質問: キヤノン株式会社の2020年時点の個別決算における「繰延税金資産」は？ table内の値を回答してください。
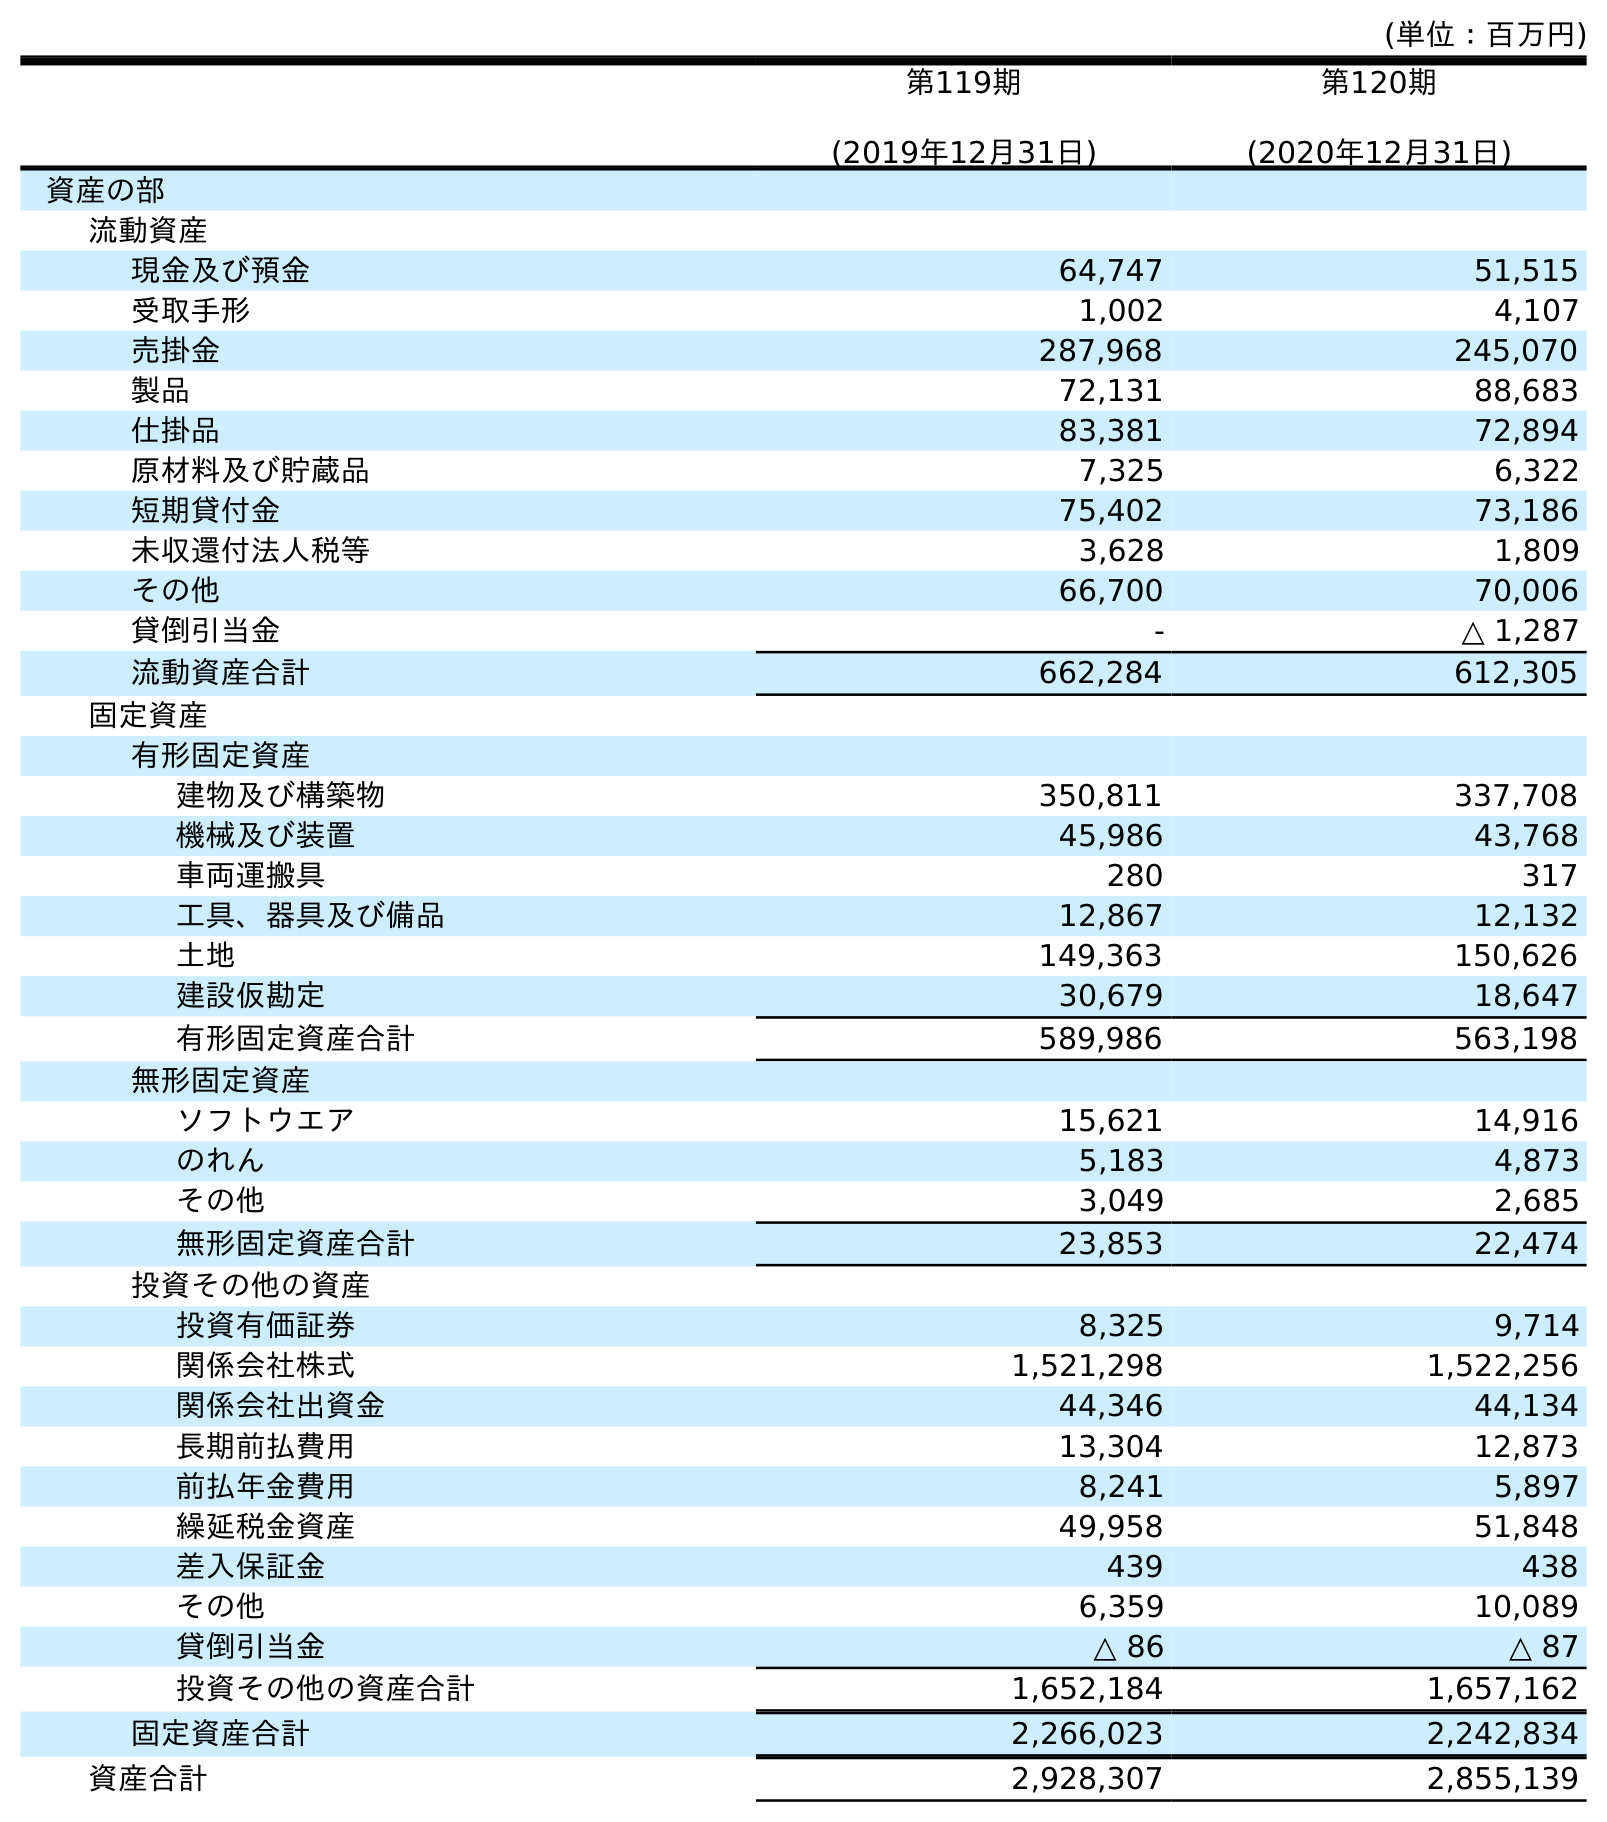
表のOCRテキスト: (単位：百万円) 第119期 (2019年12月31日) 第120期 (2020年12月31日) 資産の部 流動資産 現金及び預金 64,747 51,515 受取手形 1,002 4,107 売掛金 287,968 245,070 製品 72,131 88,683 仕掛品 83,381 72,894 原材料及び貯蔵品 7,325 6,322 短期貸付金 75,402 73,186 未収還付法人税等 3,628 1,809 その他 66,700 70,006 貸倒引当金 - △ 1,287 流動資産合計 662,284 612,305 固定資産 有形固定資産 建物及び構築物 350,811 337,708 機械及び装置 45,986 43,768 車両運搬具 280 317 工具、器具及び備品 12,867 12,132 土地 149,363 150,626 建設仮勘定 30,679 18,647 有形固定資産合計 589,986 563,198 無形固定資産 ソフトウエア 15,621 14,916 のれん 5,183 4,873 その他 3,049 2,685 無形固定資産合計 23,853 22,474 投資その他の資産 投資有価証券 8,325 9,714 関係会社株式 1,521,298 1,522,256 関係会社出資金 44,346 44,134 長期前払費用 13,304 12,873 前払年金費用 8,241 5,897 繰延税金資産 49,958 51,848 差入保証金 439 438 その他 6,359 10,089 貸倒引当金 △ 86 △ 87 投資その他の資産合計 1,652,184 1,657,162 固定資産合計 2,266,023 2,242,834 資産合計 2,928,307 2,855,139
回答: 51,848